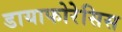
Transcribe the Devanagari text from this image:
डायाफोरेसिस